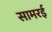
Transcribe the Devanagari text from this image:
सामरई